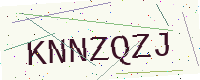
Text: KNNZQZJ